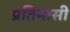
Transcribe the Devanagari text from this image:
प्रतिमासी